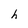
Character: h